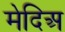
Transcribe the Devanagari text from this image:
मेदिअ